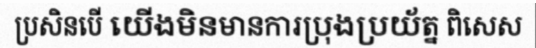
ប្រសិនបើ យើងមិនមានការប្រុងប្រយ័ត្ន ពិសេស